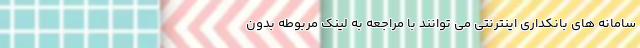
سامانه های بانکداری اینترنتی می توانند با مراجعه به لینک مربوطه بدون